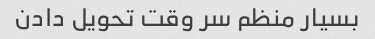
بسیار منظم سر وقت تحویل دادن